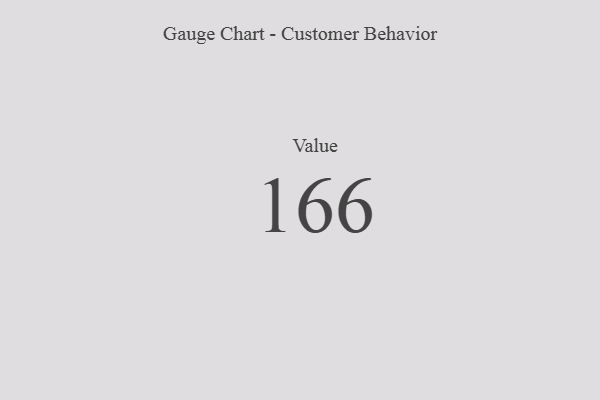
{"axis": {"x": "Metric", "y": "Value"}, "legend": [""], "data": [{"x": "Value", "y": 166, "type": ""}]}